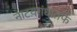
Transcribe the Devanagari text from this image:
नाटय़गंधातर्फे